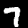
Digit: 7